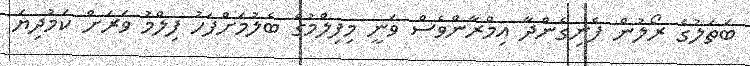
ބަތަލުގެ ރޯލުން ފެނިގެންދާ އިމްރާންވެސް ވަނީ މިފިލްމުގެ ބެލުމަށްފަހު ފިލްމު ވަރަށް ކަމުދިޔަ